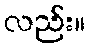
လည်း။